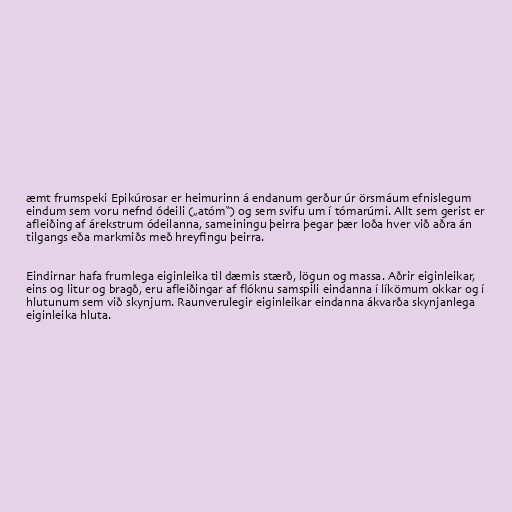
æmt frumspeki Epikúrosar er heimurinn á endanum gerður úr örsmáum efnislegum
eindum sem voru nefnd ódeili („atóm“) og sem svifu um í tómarúmi. Allt sem gerist er
afleiðing af árekstrum ódeilanna, sameiningu þeirra þegar þær loða hver við aðra án
tilgangs eða markmiðs með hreyfingu þeirra.

Eindirnar hafa frumlega eiginleika til dæmis stærð, lögun og massa. Aðrir eiginleikar,
eins og litur og bragð, eru afleiðingar af flóknu samspili eindanna í líkömum okkar og í
hlutunum sem við skynjum. Raunverulegir eiginleikar eindanna ákvarða skynjanlega
eiginleika hluta.